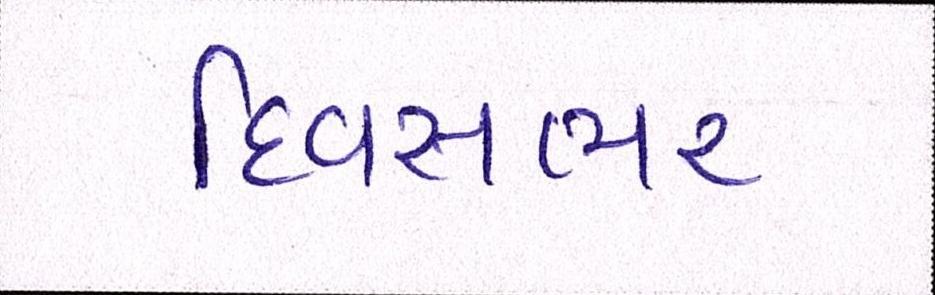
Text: દિવસભર